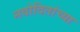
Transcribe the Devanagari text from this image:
नवोदितांच्या